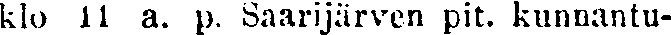
klo 11 a. p. Saarijärven pit. kunnantu-